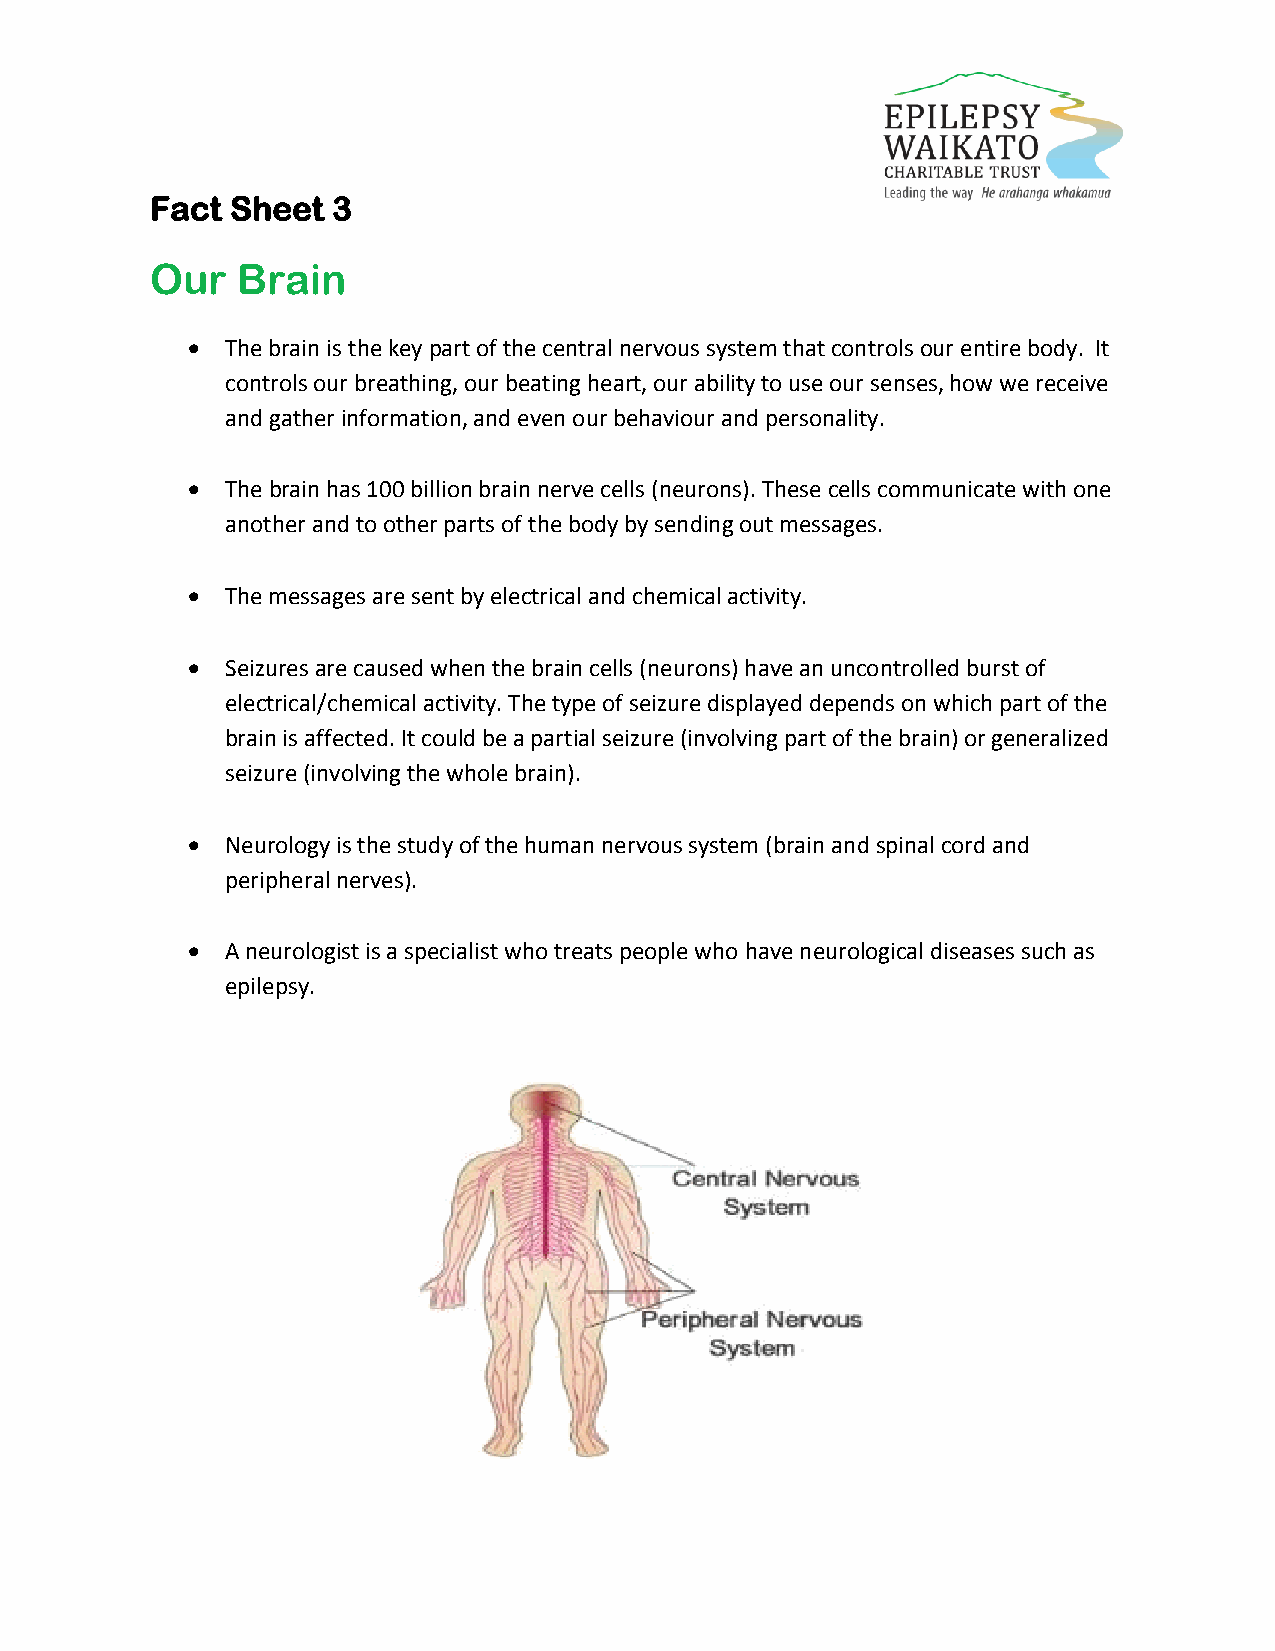
Fact Sheet  3
 Our   Brain
   The brain is the key part of the central nervous system that controls our entire body. It
 controls our breathing, our beating heart, our ability to use our senses, how we receive
 and gather information, and even our behaviour and personality.
   The brain has 100 billion brain nerve cells (neurons). These cells communicate with one
 another and to other parts of the body by sending out messages.
   The messages are sent by electrical and chemical activity.
   Seizures are caused when the brain cells (neurons) have an uncontrolled burst of
 electrical/chemical activity. The type of seizure displayed depends on which part of the
 brain is affected. It could be a partial seizure (involving part of the brain) or generalized
 seizure (involving the whole brain).
   Neurology is the study of the human nervous system (brain and spinal cord and
 peripheral nerves).
   A neurologist is a specialist who treats people who have neurological diseases such as
 epilepsy.